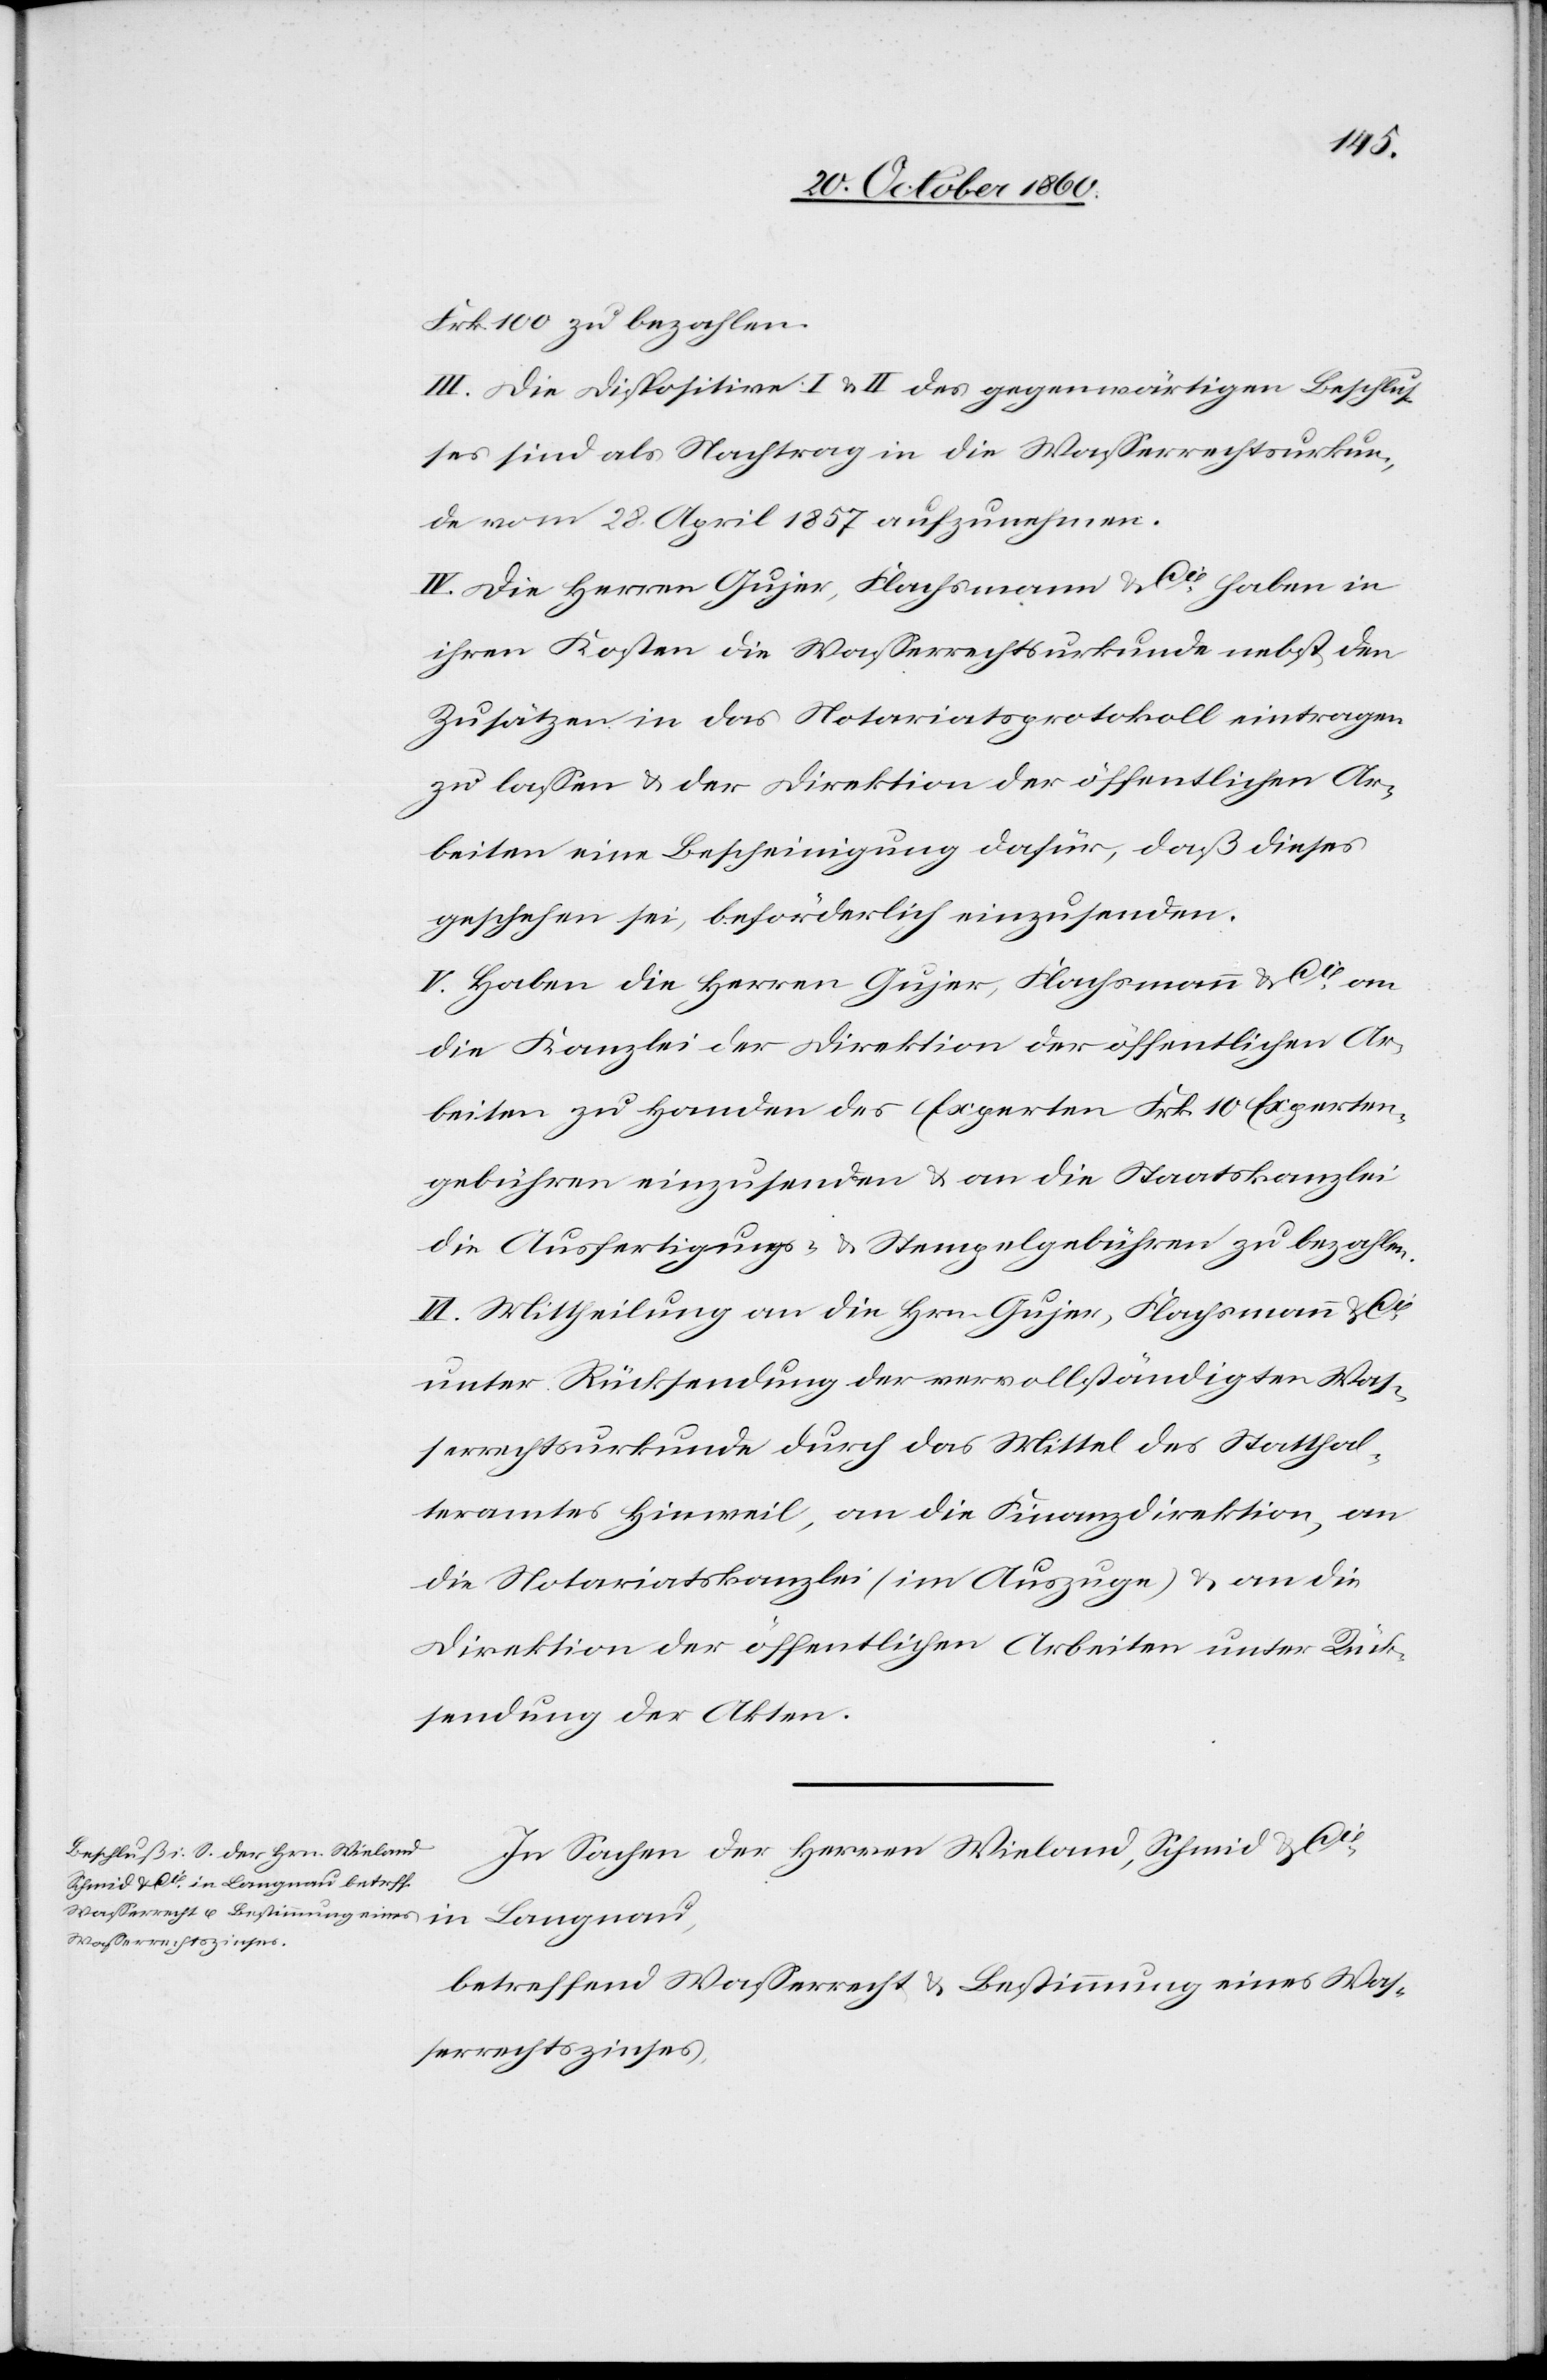
Frk. 100 zu bezahlen.
III. Die Dispositive I u. II des gegenwärtigen Beschlus¬
ses sind als Nachtrag in die Wasserrechtsurkun¬
de vom 28. April 1857 aufzunehmen.
IV. Die Herren Gujer, Flachsmann u. Cie haben in
ihren Kosten die Wasserrechturkunde nebst den
Zusätzen in das Notariatsprotokoll eintragen
zu lassen u. der Direktion der öffentlichen Ar¬
beiten eine Bescheinigung dafür, daß dieses
geschehen sei, beförderlich einzusenden.
V. Haben die Herren Gujer, Flachsmann u. Cie an
die Kanzlei der Direktion der öffentlichen Ar¬
beiten zu Handen des Experten Frk. 10 Experten¬
gebühren einzusenden u. an die Staatskanzlei
die Ausfertigungs- u. Stempelgebühren zu bezahlen.
VI. Mittheilung an die Hrn. Gujer, Flachsmann u.
unter Rücksendung der vervollständigten Was¬
serrechtsurkunde durch das Mittel des Statthal¬
teramtes Hinweil, an die Finanzdirektion, an
die Notariatskanzlei (im Auszuge) u. an die
Direktion der öffentlichen Arbeiten unter Rück¬
sendung der Akten.
In Sachen der Herrn Wieland, Schmid & Cie in
betreffend Wasserrecht u. Bestimmung eines Was¬
serrechtszinses,